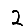
Digit: 2